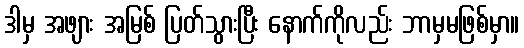
ဒါမှ အဖျား အမြစ် ပြတ်သွားပြီး နောက်ကိုလည်း ဘာမှမဖြစ်မှာ။